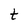
Character: t